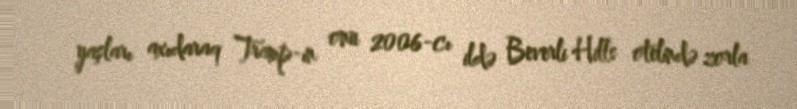
yaşları axıdaraq Tramp-ın onu 2006-cı ildə Beverli Hills otelində zorla